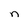
Character: n